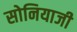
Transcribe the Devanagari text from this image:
सोनियाजी